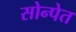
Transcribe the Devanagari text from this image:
सोन्पेत